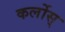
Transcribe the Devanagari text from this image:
कर्लोस्